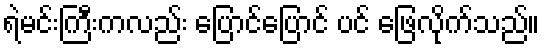
ရဲမင်းကြီးကလည်း ပြောင်ပြောင် ပင် ဖြေလိုက်သည်။